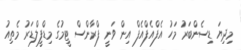
މިދިޔަ ޑިސެންބަރު މަހު އެފްއެފްއެފް އިން ވަނީ ފްރާންސް ޓީމުގެ މިޑްފީލްޑަރު މެތިއު